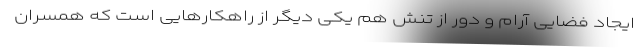
ایجاد فضایی آرام و دور از تنش هم یکی دیگر از راهکارهایی است که همسران